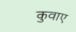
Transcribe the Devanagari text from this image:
कुवाए